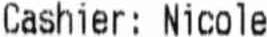
CASHIER: NICOLE